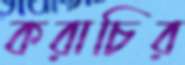
করাচির